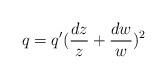
LaTeX: \begin{align*}q=q'(\frac{dz}z+\frac{dw}w)^2\end{align*}